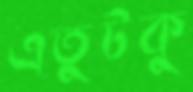
এতুটকু